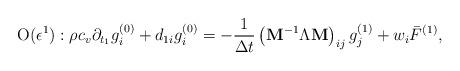
LaTeX: \begin{align*}{\rm O}(\epsilon ^1):\rho c_v\partial_ {t_1}g_i^{(0)}+d_{1i}g_i^{(0)}=-\frac{1}{\Delta t} \left({{{\bf{ M}}}}^{-1}{\Lambda}{{{\bf{ M}}}}\right)_{ij} g_j^{(1)} + {{w}_i \bar F^{(1)}},\end{align*}